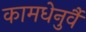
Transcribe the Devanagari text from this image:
कामधेनुर्वै